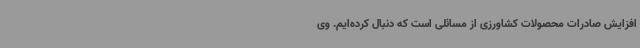
افزایش صادرات محصولات کشاورزی از مسائلی است که دنبال کرده‌ایم. وی